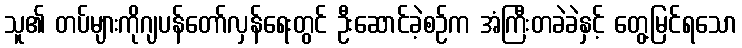
သူ၏ တပ်များကိုဂျပန်တော်လှန်ရေးတွင် ဦးဆောင်ခဲ့စဉ်က အံကြီးတခဲခဲနှင့် တွေ့မြင်ရသော